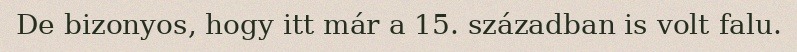
De bizonyos, hogy itt már a 15. században is volt falu.